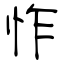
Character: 怍